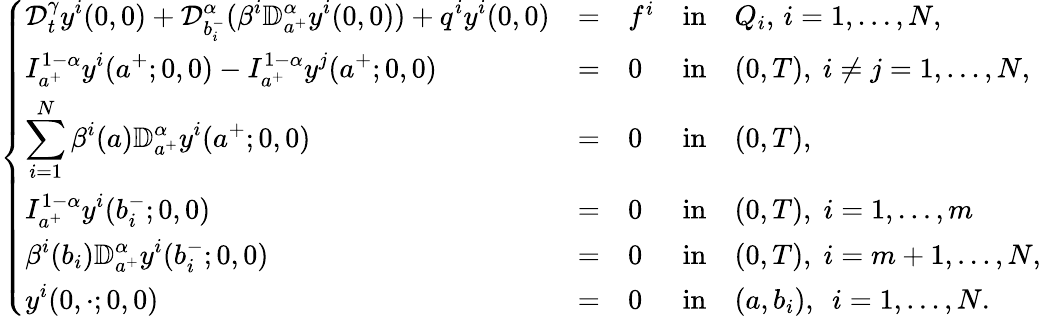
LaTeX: \left\{ \begin{array}{lllllllllllllllll}{\displaystyle{\mathcal D}_{t}^{\gamma}y^{i}(0,0)+\mathcal{D}_{b_{i}^{-}}^{\alpha}(\beta^{i}\mathbb{D}_{a^{+}}^{\alpha}y^{i}(0,0))+q^{i}y^{i}(0,0)}&{=}&{f^{i}}&{\mathrm{in}}&{Q_{i},\, i=1,\dots,N,}\\ {\displaystyle I_{a^{+}}^{1-\alpha}y^{i}(a^{+};0,0)-I_{a^{+}}^{1-\alpha}y^{j}(a^{+};0,0)}&{=}&{0}&{\mathrm{in}}&{(0,T),~i\neq j=1,\dots,N,}\\ {\displaystyle\sum_{i=1}^{N}\beta^{i}(a)\mathbb{D}_{a^{+}}^{\alpha}y^{i}(a^{+};0,0)}&{=}&{0}&{\mathrm{in}}&{(0,T),}\\ {\displaystyle I_{a^{+}}^{1-\alpha}y^{i}(b_{i}^{-};0,0)}&{=}&{0}&{\mathrm{in}}&{(0,T),\; i=1,\dots,m}\\ {\displaystyle\beta^{i}(b_{i})\mathbb{D}_{a^{+}}^{\alpha}y^{i}(b_{i}^{-};0,0)}&{=}&{0}&{\mathrm{in}}&{(0,T),\; i=m+1,\dots,N,}\\ {\displaystyle y^{i}(0,\cdot;0,0)}&{=}&{0}&{\mathrm{in}}&{(a,b_{i}),~~i=1,\dots,N.}\end{array}\right.